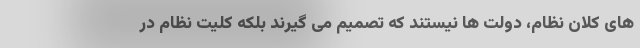
های کلان نظام، دولت ها نیستند که تصمیم می گیرند بلکه کلیت نظام در